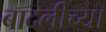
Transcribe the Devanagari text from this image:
बादलीच्या